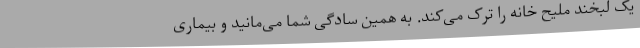
یک لبخند ملیح خانه را ترک می‌کند. به همین سادگی شما می‌مانید و بیماری